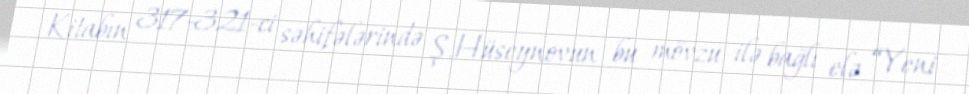
Kitabın 317-321-ci səhifələrində Ş.Hüseynovun bu mövzu ilə bağlı elə “Yeni